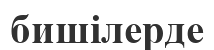
бишілерде